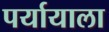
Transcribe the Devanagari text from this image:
पर्यायाला